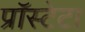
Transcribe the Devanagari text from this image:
प्रॉस्टेटा